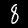
Digit: 8